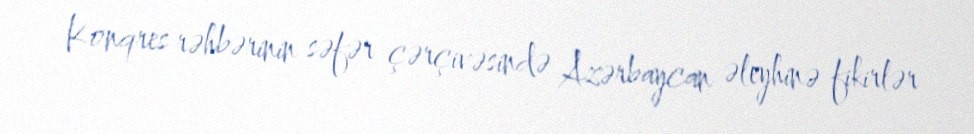
Konqres rəhbərinin səfər çərçivəsində Azərbaycan əleyhinə fikirlər